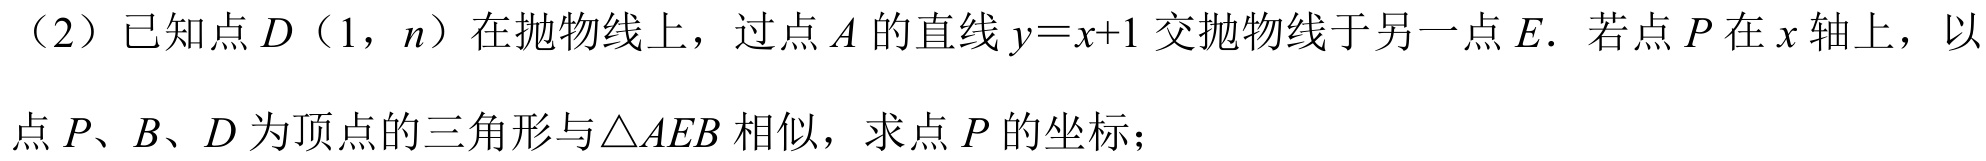
（2）已知点\(D\)（\(1\)，\(n\)）在抛物线上，过点\(A\)的直线\(y = x + 1\)交抛物线于另一点\(E\). 若点\(P\)在\(x\)轴上，以点\(P、B、D\)为顶点的三角形与\(\triangle AEB\)相似，求点\(P\)的坐标；